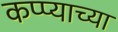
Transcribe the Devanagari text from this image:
कप्प्याच्या